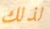
لذلك